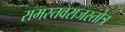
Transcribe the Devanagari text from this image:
रामस्तवराजस्तोत्र